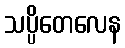
သပ္ပိတေလေန